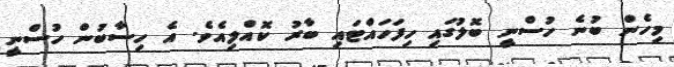
މިހެން ބުނެ ހުސްނީ ބޮލުގައި ހިފަހައްޓައި ބާރު ކޮއްލިއެވެ. އެ ހިސާބުން ހުސްނީ